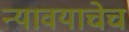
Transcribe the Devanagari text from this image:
न्यावयाचेच